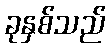
ခုနှစ်သည်